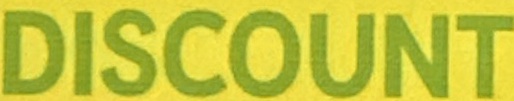
DISCOUNT